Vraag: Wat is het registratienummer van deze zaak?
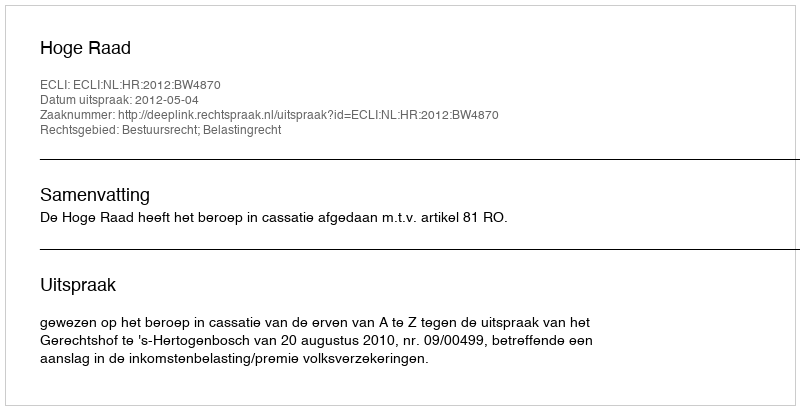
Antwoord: http://deeplink.rechtspraak.nl/uitspraak?id=ECLI:NL:HR:2012:BW4870